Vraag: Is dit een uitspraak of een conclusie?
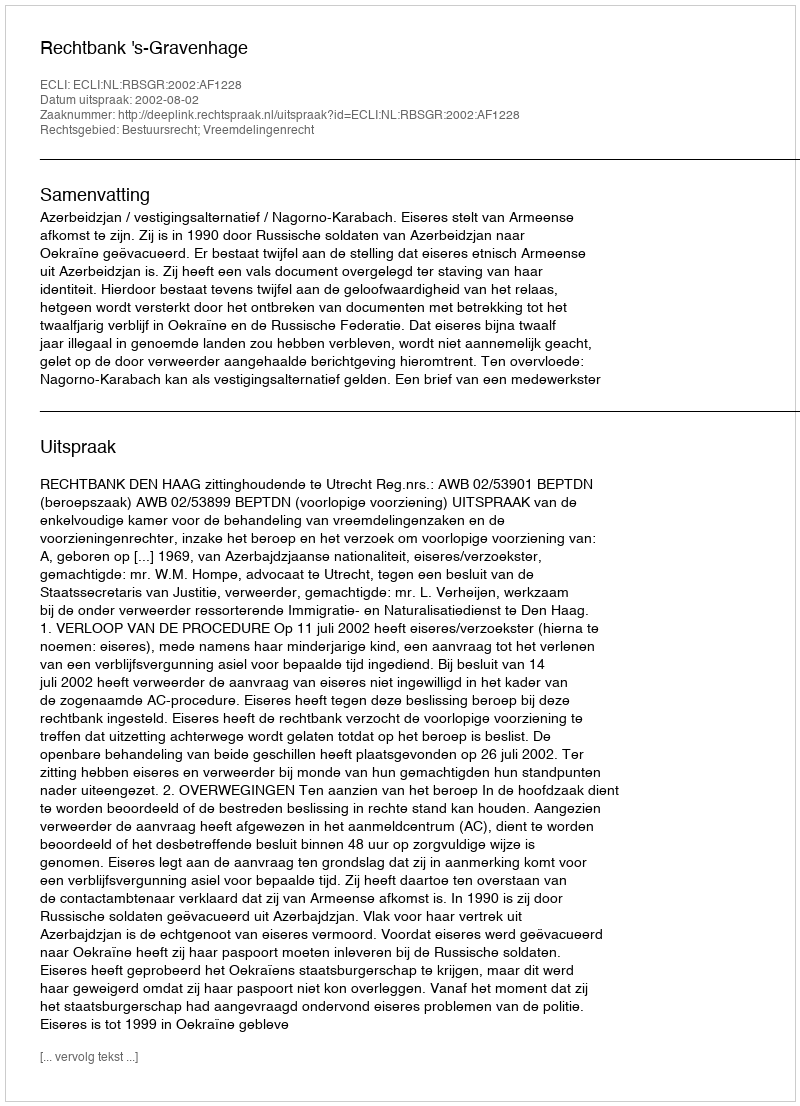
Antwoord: Uitspraak